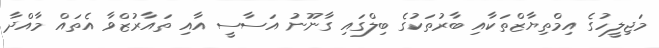
މަޖިލީހުގެ އިމްތިޔާޒްތަކާއި ބާރުތަކުގެ ބިލްގައި ގާނޫނު އަސާސީ އާއި ތައާރުޒްވާ އެތައް މާއްދާ